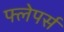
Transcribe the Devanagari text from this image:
फ्लेपर्स